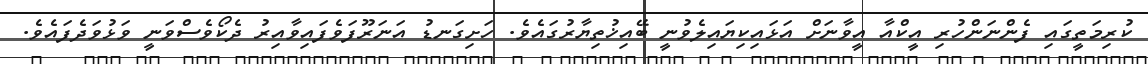
ކުރިމަތީގައި ފެންނަންހުރި އީކްއާ އީވާނަށް އަޅައިކިޔައިލެވުނީ ބޭއިޚުތިޔާރުގައެވެ. ހަށިގަނޑު އަނަރޫފަވެފައިވާއިރު ދެކޯވެސްވަނީ ވަޅުވަދެފައެވެ.